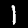
Digit: 1